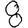
Digit: 8